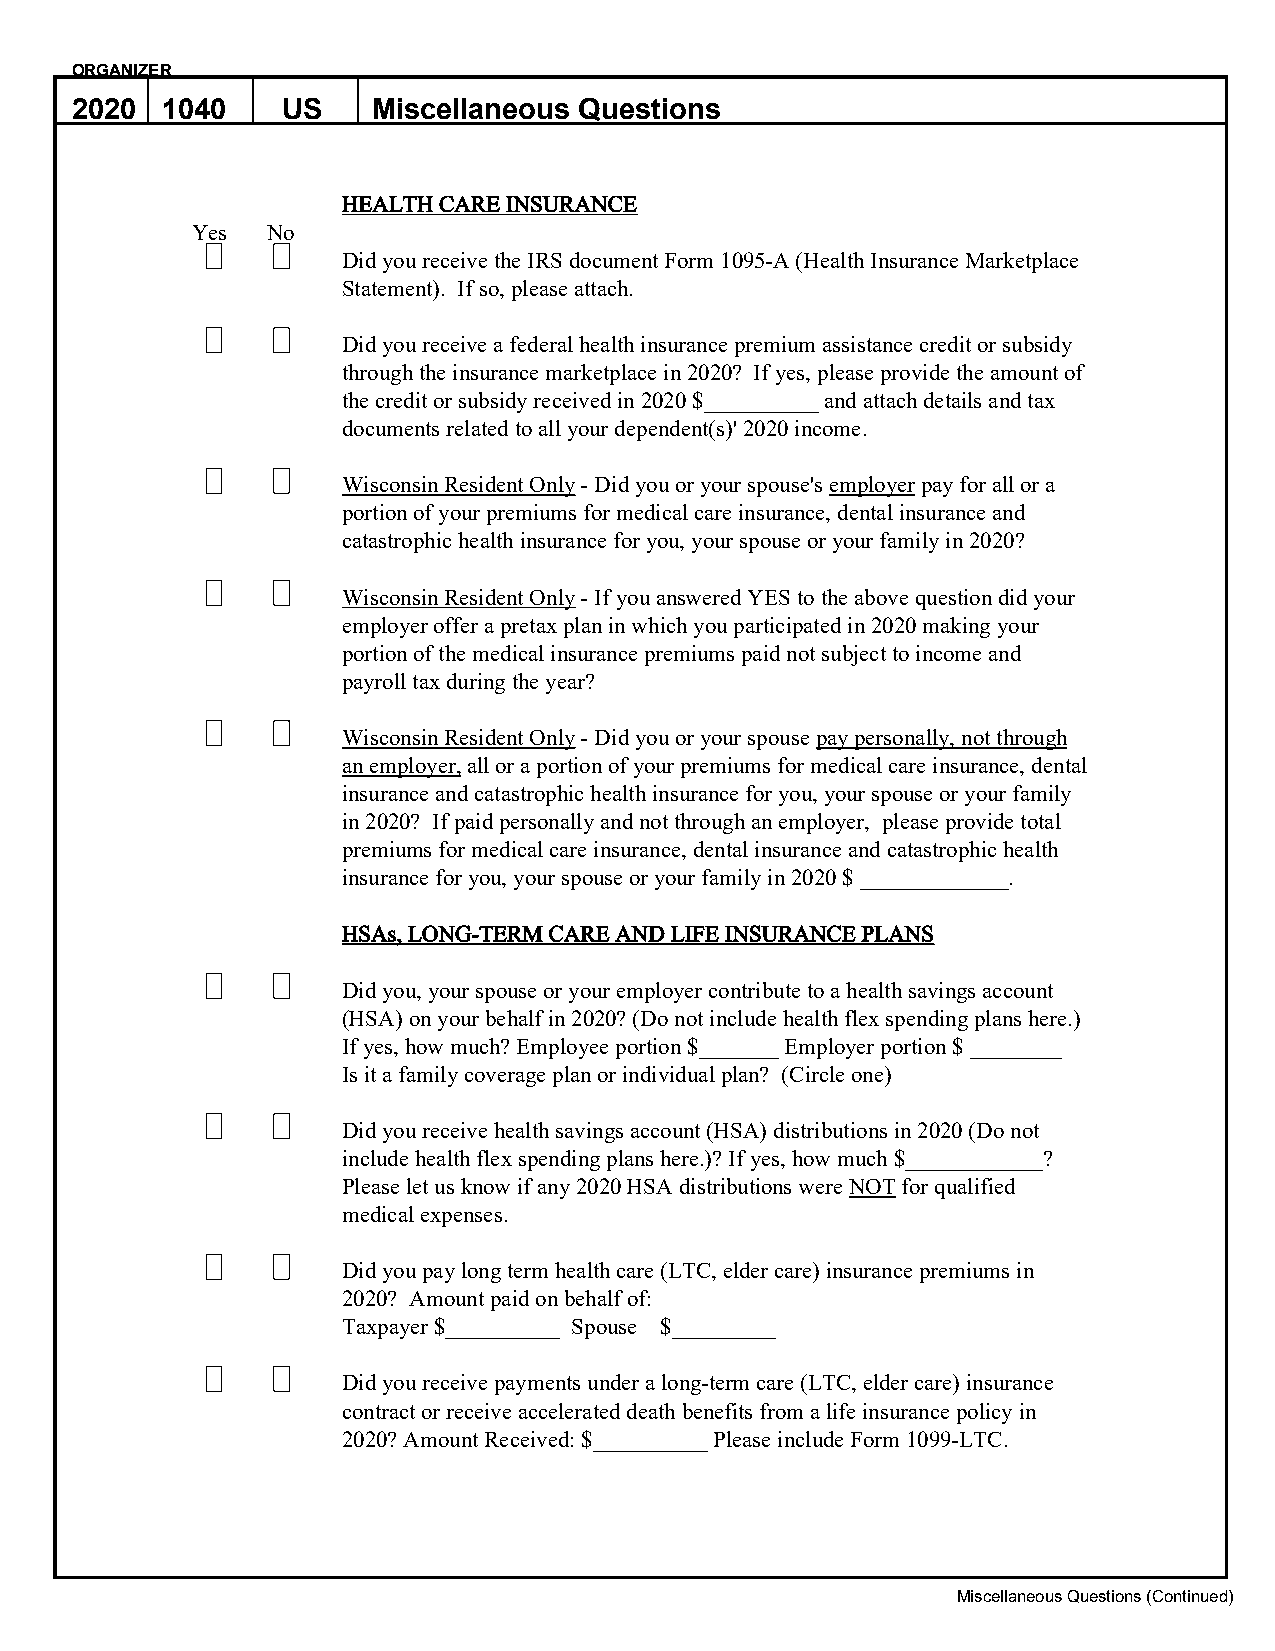
ORGANIZER
 2020  1040    US    Miscellaneous Questions
 HEALTH CARE INSURANCE
 Yes  No
 Did you receive the IRS document Form 1095-A (Health Insurance Marketplace
 Statement). If so, please attach.
 Did you receive a federal health insurance premium assistance credit or subsidy
 through the insurance marketplace in 2020? If yes, please provide the amount of
 the credit or subsidy received in 2020 $__________ and attach details and tax
 documents related to all your dependent(s)' 2020 income.
 Wisconsin Resident Only - Did you or your spouse's employer pay for all or a
 portion of your premiums for medical care insurance, dental insurance and
 catastrophic health insurance for you, your spouse or your family in 2020?
 Wisconsin Resident Only - If you answered YES to the above question did your
 employer offer a pretax plan in which you participated in 2020 making your
 portion of the medical insurance premiums paid not subject to income and
 payroll tax during the year?
 Wisconsin Resident Only - Did you or your spouse pay personally, not through
 an employer, all or a portion of your premiums for medical care insurance, dental
 insurance and catastrophic health insurance for you, your spouse or your family
 in 2020? If paid personally and not through an employer, please provide total
 premiums for medical care insurance, dental insurance and catastrophic health
 insurance for you, your spouse or your family in 2020 $ _____________.
 HSAs, LONG-TERM CARE AND LIFE INSURANCE PLANS
 Did you, your spouse or your employer contribute to a health savings account
 (HSA) on your behalf in 2020? (Do not include health flex spending plans here.)
 If yes, how much? Employee portion $_______ Employer portion $ ________
 Is it a family coverage plan or individual plan? (Circle one)
 Did you receive health savings account (HSA) distributions in 2020 (Do not
 include health flex spending plans here.)? If yes, how much $____________?
 Please let us know if any 2020 HSA distributions were NOT for qualified
 medical expenses.
 Did you pay long term health care (LTC, elder care) insurance premiums in
 2020? Amount paid on behalf of:
 Taxpayer $__________ Spouse $_________
 Did you receive payments under a long-term care (LTC, elder care) insurance
 contract or receive accelerated death benefits from a life insurance policy in
 2020? Amount Received: $__________ Please include Form 1099-LTC.
 Miscellaneous Questions (Continued)